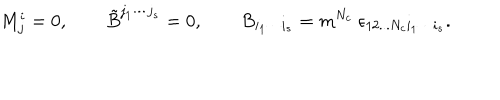
M _ { j } ^ { i } = 0 , \qquad \tilde { B } ^ { j _ { 1 } \cdots j _ { s } } = 0 , \qquad B _ { i _ { 1 } \cdots i _ { s } } = m ^ { N _ { c } } \ \epsilon _ { 1 2 . . . N _ { c } i _ { 1 } \cdots i _ { s } } .